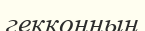
гекконның